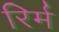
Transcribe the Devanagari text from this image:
रिर्म